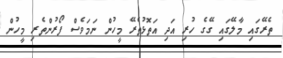
ތެރޭގައި މާލޭގައި ގޭގެ ހުރި އަދި އަތޮޅުތެރޭ މީހުން ނަމަވެސް ފޯރުންތެރި މީހުން